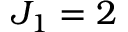
J _ { 1 } = 2